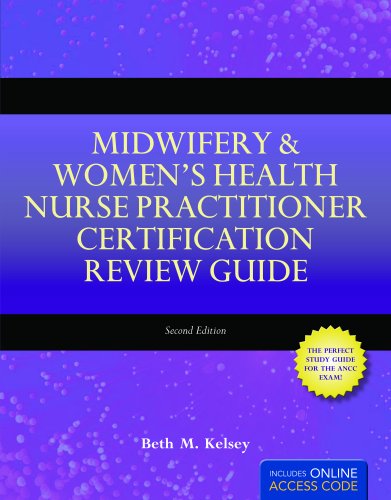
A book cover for Midwifery  &  Women's Health Nurse Practitioner Certification Review Guide; Beth M. Kelsey; Medical Books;